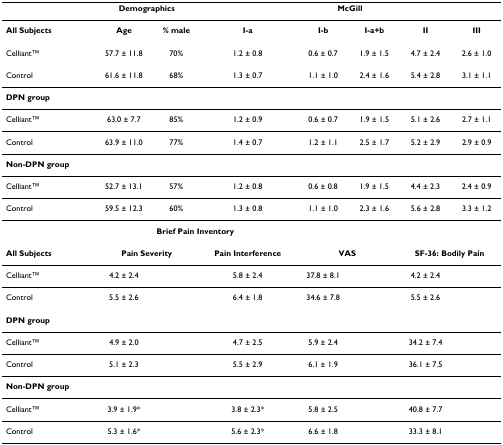
<table><thead><tr><td></td><td colspan="2"><b>Demographics</b></td><td colspan="5"><b>McGill</b></td></tr></thead><tbody><tr><td><b>All Subjects</b></td><td><b>Age</b></td><td><b>% male</b></td><td><b>I-a</b></td><td><b>I-b</b></td><td><b>I-a+b</b></td><td><b>II</b></td><td><b>III</b></td></tr><tr><td>CelliantTM</td><td>57.7 ± 11.8</td><td>70%</td><td>1.2 ± 0.8</td><td>0.6 ± 0.7</td><td>1.9 ± 1.5</td><td>4.7 ± 2.4</td><td>2.6 ± 1.0</td></tr><tr><td>Control</td><td>61.6 ± 11.8</td><td>68%</td><td>1.3 ± 0.7</td><td>1.1 ± 1.0</td><td>2.4 ± 1.6</td><td>5.4 ± 2.8</td><td>3.1 ± 1.1</td></tr><tr><td><b>DPN group</b></td><td></td><td></td><td></td><td></td><td></td><td></td><td></td></tr><tr><td>CelliantTM</td><td>63.0 ± 7.7</td><td>85%</td><td>1.2 ± 0.9</td><td>0.6 ± 0.7</td><td>1.9 ± 1.5</td><td>5.1 ± 2.6</td><td>2.7 ± 1.1</td></tr><tr><td>Control</td><td>63.9 ± 11.0</td><td>77%</td><td>1.4 ± 0.7</td><td>1.2 ± 1.1</td><td>2.5 ± 1.7</td><td>5.2 ± 2.9</td><td>2.9 ± 0.9</td></tr><tr><td><b>Non-DPN group</b></td><td></td><td></td><td></td><td></td><td></td><td></td><td></td></tr><tr><td>CelliantTM</td><td>52.7 ± 13.1</td><td>57%</td><td>1.2 ± 0.8</td><td>0.6 ± 0.8</td><td>1.9 ± 1.5</td><td>4.4 ± 2.3</td><td>2.4 ± 0.9</td></tr><tr><td>Control</td><td>59.5 ± 12.3</td><td>60%</td><td>1.3 ± 0.8</td><td>1.1 ± 1.0</td><td>2.3 ± 1.6</td><td>5.6 ± 2.8</td><td>3.3 ± 1.2</td></tr><tr><td></td><td colspan="3"><b>Brief Pain Inventory</b></td><td></td><td></td><td></td><td></td></tr><tr><td><b>All Subjects</b></td><td colspan="2"><b>Pain Severity</b></td><td><b>Pain Interference</b></td><td colspan="2"><b>VAS</b></td><td colspan="2"><b>SF-36: Bodily Pain</b></td></tr><tr><td>CelliantTM</td><td>4.2 ± 2.4</td><td></td><td>5.8 ± 2.4</td><td>37.8 ± 8.1</td><td></td><td>4.2 ± 2.4</td><td></td></tr><tr><td>Control</td><td>5.5 ± 2.6</td><td></td><td>6.4 ± 1.8</td><td>34.6 ± 7.8</td><td></td><td>5.5 ± 2.6</td><td></td></tr><tr><td><b>DPN group</b></td><td></td><td></td><td></td><td></td><td></td><td></td><td></td></tr><tr><td>CelliantTM</td><td>4.9 ± 2.0</td><td></td><td>4.7 ± 2.5</td><td>5.9 ± 2.4</td><td></td><td>34.2 ± 7.4</td><td></td></tr><tr><td>Control</td><td>5.1 ± 2.3</td><td></td><td>5.5 ± 2.9</td><td>6.1 ± 1.9</td><td></td><td>36.1 ± 7.5</td><td></td></tr><tr><td><b>Non-DPN group</b></td><td></td><td></td><td></td><td></td><td></td><td></td><td></td></tr><tr><td>CelliantTM</td><td>3.9 ± 1.9*</td><td></td><td>3.8 ± 2.3*</td><td>5.8 ± 2.5</td><td></td><td>40.8 ± 7.7</td><td></td></tr><tr><td>Control</td><td>5.3 ± 1.6*</td><td></td><td>5.6 ± 2.3*</td><td>6.6 ± 1.8</td><td></td><td>33.3 ± 8.1</td><td></td></tr></tbody></table>